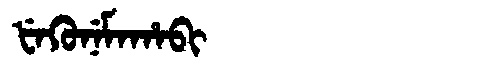
Manchu: ᡶᡝᡴᡠᠨᡝᠮᠠᡥᠠᠪᡳ
Romanization: FEKUNEMAHABI